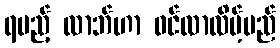
ရမည့် လာဘ်ဟာ ဝင်လာလိမ့်မည်